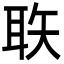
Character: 聅